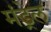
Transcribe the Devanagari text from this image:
मंड्रेल